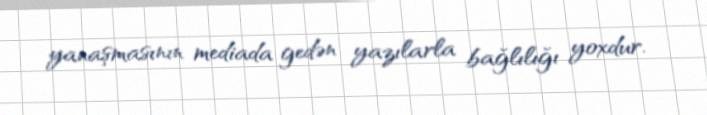
yanaşmasının mediada gedən yazılarla bağlılığı yoxdur.